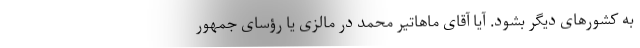
به کشورهای دیگر بشود. آیا آقای ماهاتیر محمد در مالزی یا رؤسای جمهور